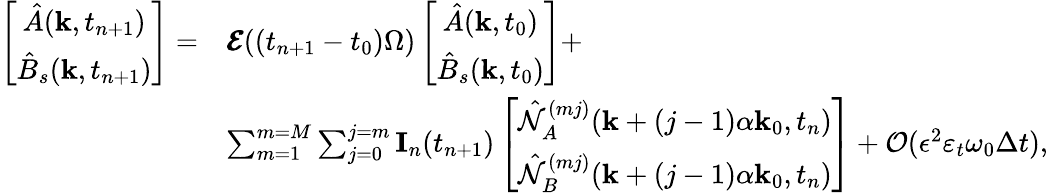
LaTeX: \begin{array}{rl}{\left[\begin{array}{c}{{\hat{A}}(\mathbf{k},t_{n+1})}\\ {{\hat{B}}_{s}(\mathbf{k},t_{n+1})}\end{array}\right]=}&{\pmb{\mathcal{E}}((t_{n+1}-t_{0})\Omega)\left[\begin{array}{c}{{\hat{A}}(\mathbf{k},t_{0})}\\ {{\hat{B}}_{s}(\mathbf{k},t_{0})}\end{array}\right]+}\\ &{\sum_{m=1}^{m=M}\sum_{j=0}^{j=m}\mathbf{I}_{n}(t_{n+1})\left[\begin{array}{c}{\hat{\mathcal{N}}_{A}^{(mj)}(\mathbf{k}+(j-1)\alpha\mathbf{k}_{0},t_{n})}\\ {\hat{\mathcal{N}}_{B}^{(mj)}(\mathbf{k}+(j-1)\alpha\mathbf{k}_{0},t_{n})}\end{array}\right]+\mathcal{O}(\epsilon^{2}\varepsilon_{t}\omega_{0}\Delta t),}\end{array}